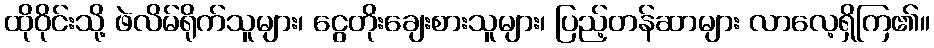
ထိုဝိုင်းသို့ ဖဲလိမ်ရိုက်သူများ၊ ငွေတိုးချေးစားသူများ၊ ပြည့်တန်ဆာများ လာလေ့ရှိကြ၏။